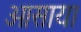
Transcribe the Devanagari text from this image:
ओसाया